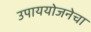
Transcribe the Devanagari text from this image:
उपाययोजनेचा